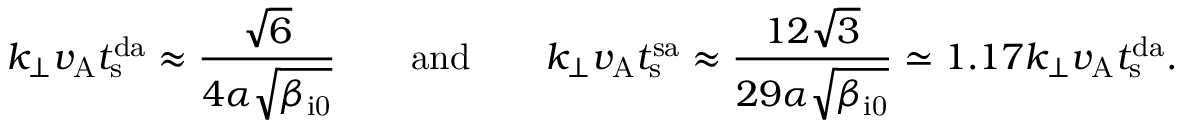
k _ { \perp } v _ { \mathrm { A } } t _ { \mathrm { s } } ^ { \mathrm { d a } } \approx \frac { \sqrt { 6 } } { 4 \alpha \sqrt { \beta _ { \mathrm { i 0 } } } } \qquad \mathrm { a n d } \qquad k _ { \perp } v _ { \mathrm { A } } t _ { \mathrm { s } } ^ { \mathrm { s a } } \approx \frac { 1 2 \sqrt { 3 } } { 2 9 \alpha \sqrt { \beta _ { \mathrm { i 0 } } } } \simeq 1 . 1 7 k _ { \perp } v _ { \mathrm { A } } t _ { \mathrm { s } } ^ { \mathrm { d a } } .